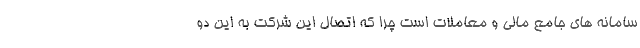
سامانه های جامع مالی و معاملات است چرا که اتصال این شرکت به این دو